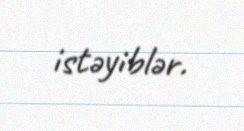
istəyiblər.